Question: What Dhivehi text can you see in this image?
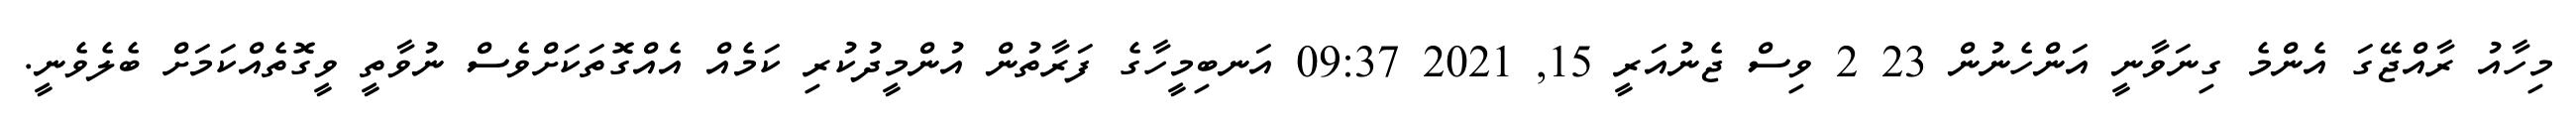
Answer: މިހާއު ރާއްޖޭގަ އެންމެ ގިނަވާނީ އަންހެނުން 23 2 ވިސް ޖެނުއަރީ 15, 2021 09:37 އަނބިމީހާގެ ފަރާތުން އުންމީދުކުރި ކަމެއް އެއްގޮތަކަށްވެސް ނުވާތީ ވީގޮތެއްކަމަށް ބެލެވެނީ.